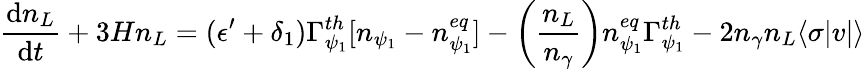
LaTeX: \frac{\mathrm{d}n_{L}}{\mathrm{d}t}+3Hn_{L}=(\epsilon^{\prime}+\delta_{1})\Gamma_{\psi_{1}}^{th}[n_{\psi_{1}}-n_{\psi_{1}}^{eq}]-\left(\frac{n_{L}}{n_{\gamma}}\right)n_{\psi_{1}}^{eq}\Gamma_{\psi_{1}}^{th}-2n_{\gamma}n_{L}\langle\sigma|v|\rangle